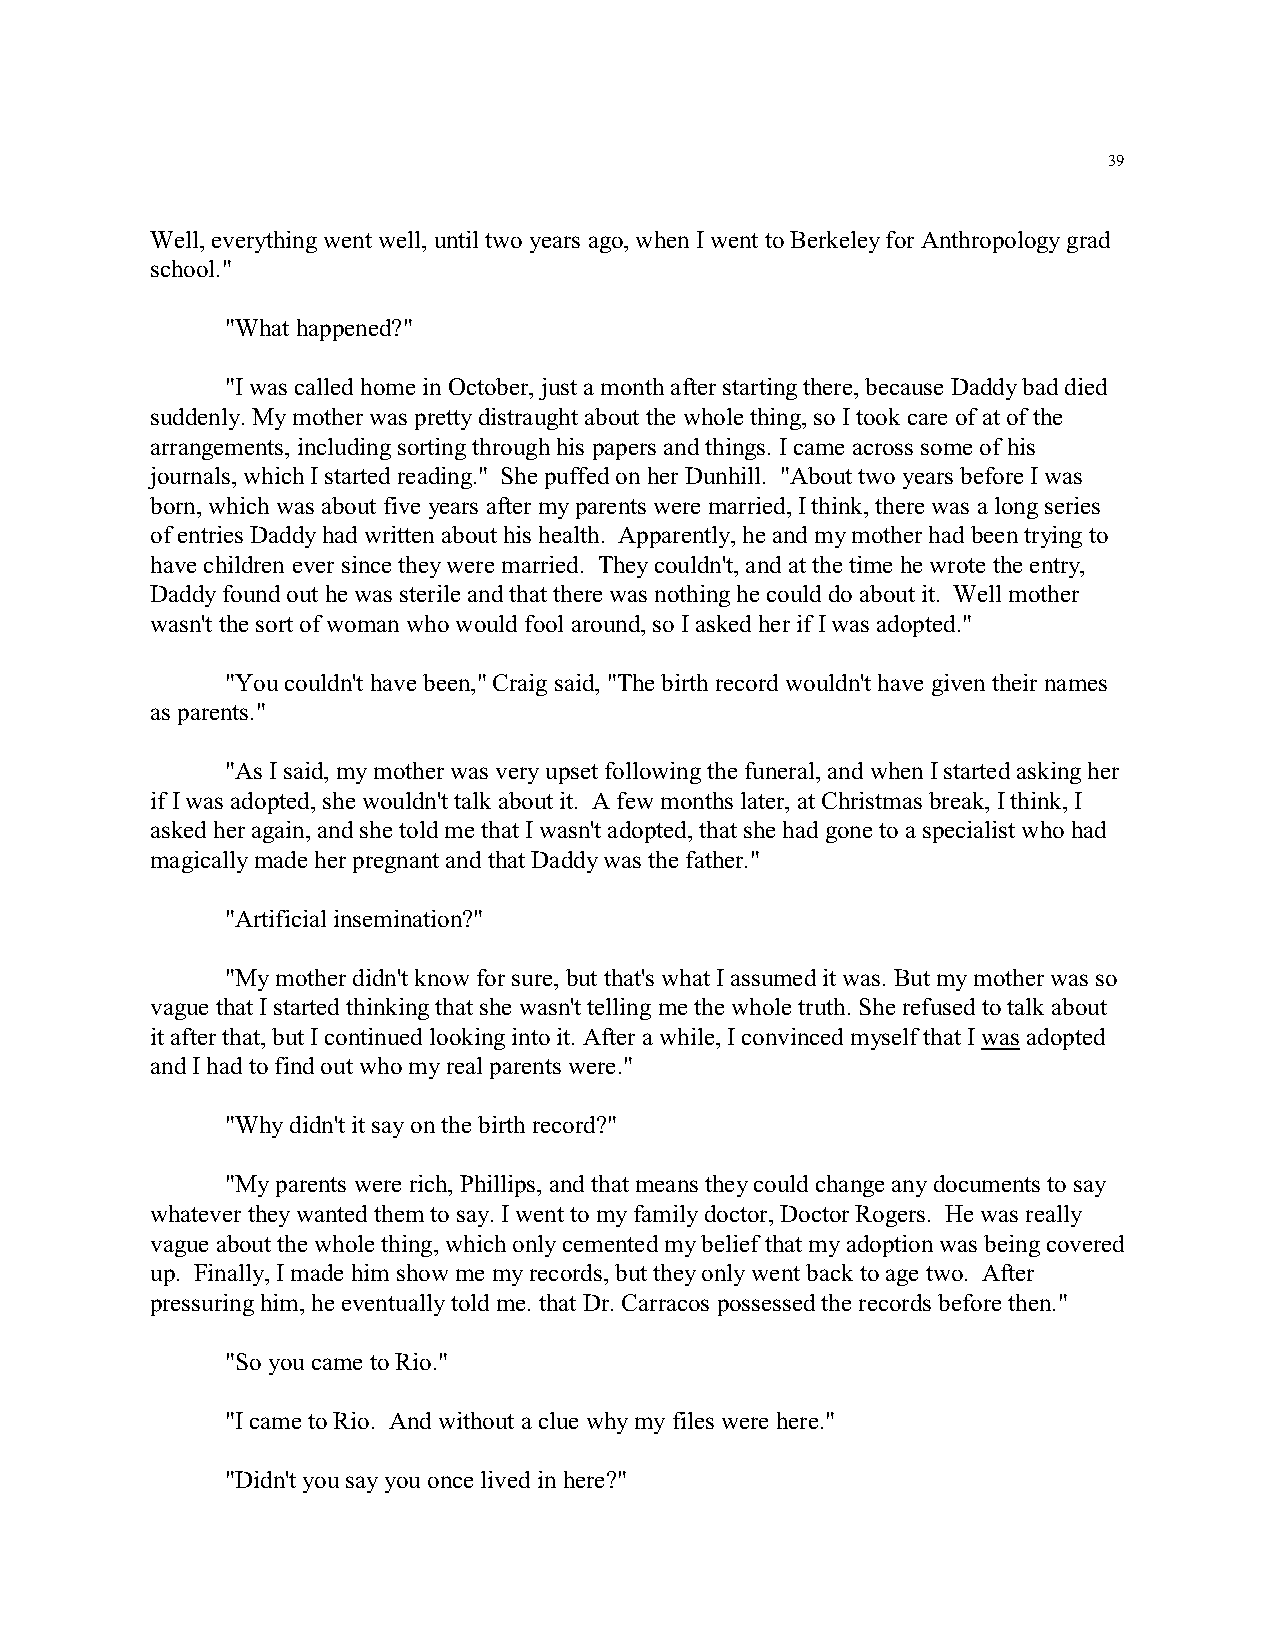
39
 Well, everything went well, until two years ago, when I went to Berkeley for Anthropology grad
 school."
 "What happened?"
 "I was called home in October, just a month after starting there, because Daddy bad died
 suddenly. My mother was pretty distraught about the whole thing, so I took care of at of the
 arrangements, including sorting through his papers and things. I came across some of his
 journals, which I started reading." She puffed on her Dunhill. "About two years before I was
 born, which was about five years after my parents were married, I think, there was a long series
 of entries Daddy had written about his health. Apparently, he and my mother had been trying to
 have children ever since they were married. They couldn't, and at the time he wrote the entry,
 Daddy found out he was sterile and that there was nothing he could do about it. Well mother
 wasn't the sort of woman who would fool around, so I asked her if I was adopted."
 "You couldn't have been," Craig said, "The birth record wouldn't have given their names
 as parents."
 "As I said, my mother was very upset following the funeral, and when I started asking her
 if I was adopted, she wouldn't talk about it. A few months later, at Christmas break, I think, I
 asked her again, and she told me that I wasn't adopted, that she had gone to a specialist who had
 magically made her pregnant and that Daddy was the father."
 "Artificial insemination?"
 "My mother didn't know for sure, but that's what I assumed it was. But my mother was so
 vague that I started thinking that she wasn't telling me the whole truth. She refused to talk about
 it after that, but I continued looking into it. After a while, I convinced myself that I was adopted
 and I had to find out who my real parents were."
 "Why didn't it say on the birth record?"
 "My parents were rich, Phillips, and that means they could change any documents to say
 whatever they wanted them to say. I went to my family doctor, Doctor Rogers. He was really
 vague about the whole thing, which only cemented my belief that my adoption was being covered
 up. Finally, I made him show me my records, but they only went back to age two. After
 pressuring him, he eventually told me. that Dr. Carracos possessed the records before then."
 "So you came to Rio."
 "I came to Rio. And without a clue why my files were here."
 "Didn't you say you once lived in here?"